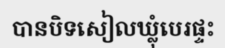
បានបិទសៀលឃ្លុំបេរផ្ទះ